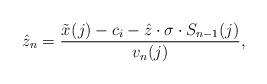
LaTeX: \begin{align*}\hat{z}_n = \frac{ \tilde{x}_{}(j) - c_i - \hat{z} \cdot \sigma \cdot S_{n-1}(j)}{v_n(j)},\end{align*}